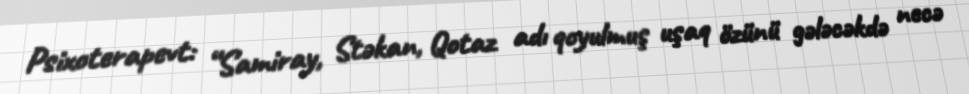
Psixoterapevt: “Samiray, Stəkan, Qotaz adı qoyulmuş uşaq özünü gələcəkdə necə